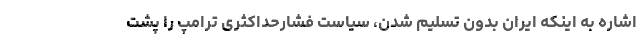
اشاره به اینکه ایران بدون تسلیم شدن، سیاست فشارحداکثری ترامپ را پشت